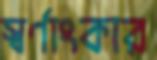
স্বর্ণাংকার